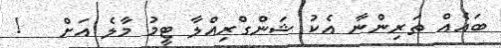
ބައެއް ތަރިންނާ އެކު ޝަންގްރިއްލާ ޓީމު މާލެ އަށް   !